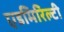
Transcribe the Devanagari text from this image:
एडमिरिल्टी